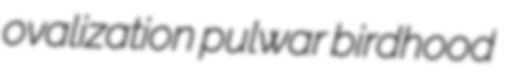
ovalization pulwar birdhood